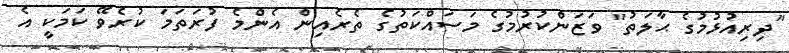
"ދިރިއުޅުމުގެ ޙާލަތު" ވަޒަންކުރުމުގެ މަސައްކަތުގެ ތެރެއިން އެންމެ ފުރަތަމަ ކުރެވޭ ކަމަކީ އެ